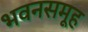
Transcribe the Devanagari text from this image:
भवनसमूह